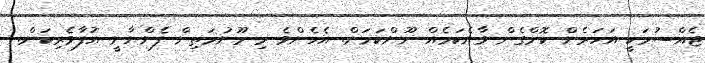
ޖެއްސުމަކީ އަހަރެން ކޮށްގެން ވާނެކަމެއް ނޫންކަމަށް. އެހެންވެ މި މޫނުމަތިން ފެންނާނީ އުފާވެރިކަން.